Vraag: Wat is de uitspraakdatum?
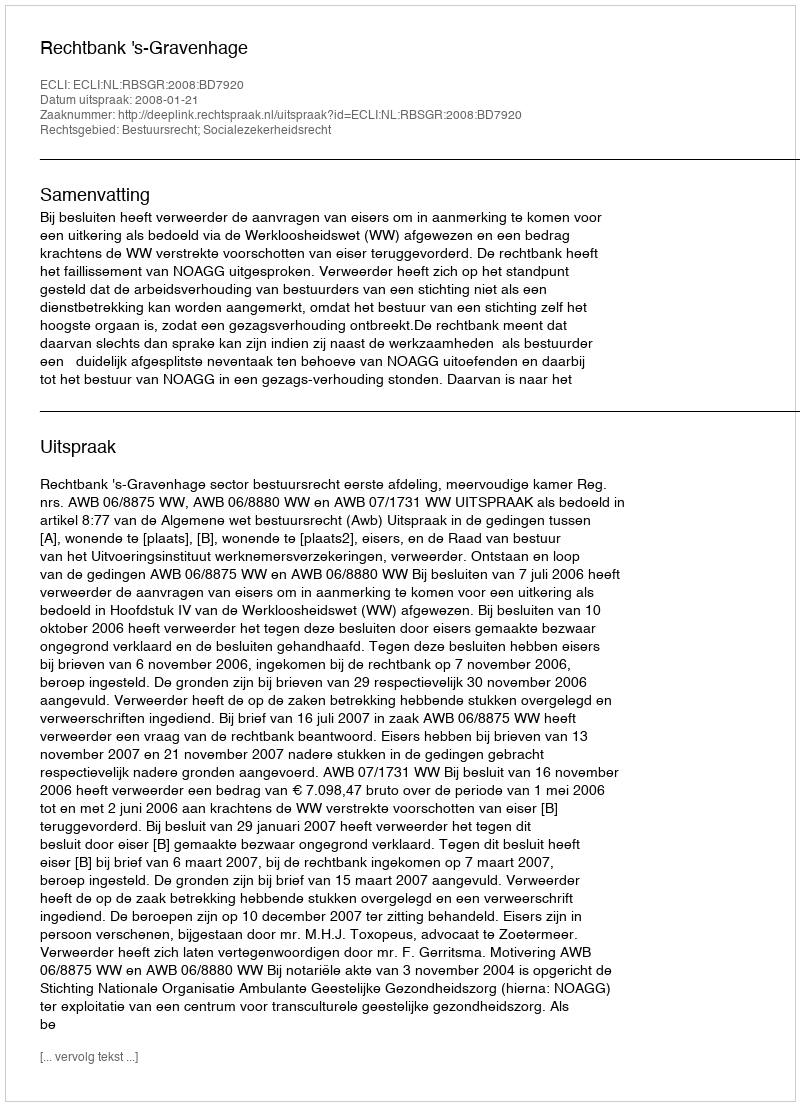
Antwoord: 2008-01-21